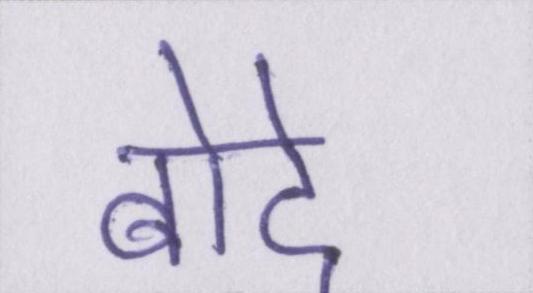
बोदे